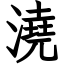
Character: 澆